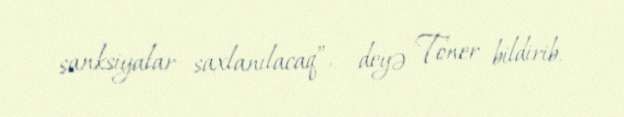
sanksiyalar saxlanılacaq”, - deyə Toner bildirib.